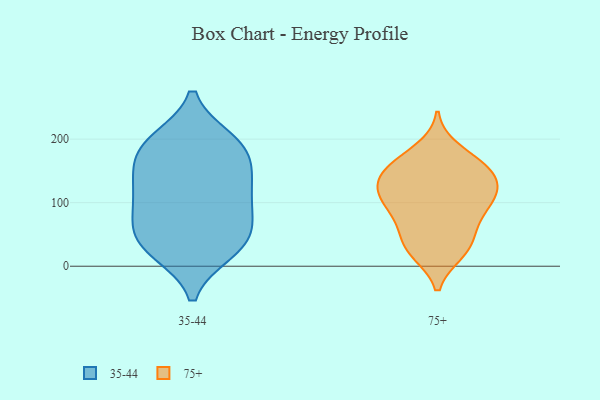
{"axis": {"x": "Net Income (USD K)", "y": "Value"}, "legend": ["35-44", "75+"], "data": [{"x": "", "y": 24, "type": "35-44"}, {"x": "", "y": 49, "type": "35-44"}, {"x": "", "y": 197, "type": "35-44"}, {"x": "", "y": 191, "type": "35-44"}, {"x": "", "y": 187, "type": "35-44"}, {"x": "", "y": 140, "type": "35-44"}, {"x": "", "y": 78, "type": "35-44"}, {"x": "", "y": 111, "type": "35-44"}, {"x": "", "y": 125, "type": "35-44"}, {"x": "", "y": 28, "type": "35-44"}, {"x": "", "y": 185, "type": "35-44"}, {"x": "", "y": 151, "type": "35-44"}, {"x": "", "y": 33, "type": "35-44"}, {"x": "", "y": 99, "type": "35-44"}, {"x": "", "y": 61, "type": "35-44"}, {"x": "", "y": 62, "type": "75+"}, {"x": "", "y": 24, "type": "75+"}, {"x": "", "y": 158, "type": "75+"}, {"x": "", "y": 160, "type": "75+"}, {"x": "", "y": 124, "type": "75+"}, {"x": "", "y": 120, "type": "75+"}, {"x": "", "y": 98, "type": "75+"}, {"x": "", "y": 47, "type": "75+"}, {"x": "", "y": 154, "type": "75+"}, {"x": "", "y": 124, "type": "75+"}, {"x": "", "y": 82, "type": "75+"}, {"x": "", "y": 152, "type": "75+"}, {"x": "", "y": 29, "type": "75+"}, {"x": "", "y": 105, "type": "75+"}, {"x": "", "y": 183, "type": "75+"}, {"x": "", "y": 130, "type": "75+"}, {"x": "", "y": 22, "type": "75+"}, {"x": "", "y": 91, "type": "75+"}]}